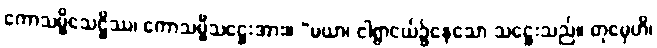
ကောသမ္ဗိသေဋ္ဌိဿ၊ ကောသမ္ဗီသဋ္ဌေးအား။ “မယာ၊ ငါရွာငယ်၌နေသော သဋ္ဌေးသည်။ တုမှေဟိ၊